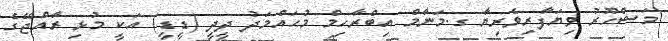
މަޝްހޫރު ވިޔަފާރިވެރިޔާ ގ.މަނާމް އިބްރާހިމް މުޙައްމަދު ދީދީ (ޑީޑީ) އަކީ މުޅި ރާއްޖޭގެ